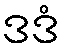
ဒဒံ